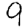
Digit: 9